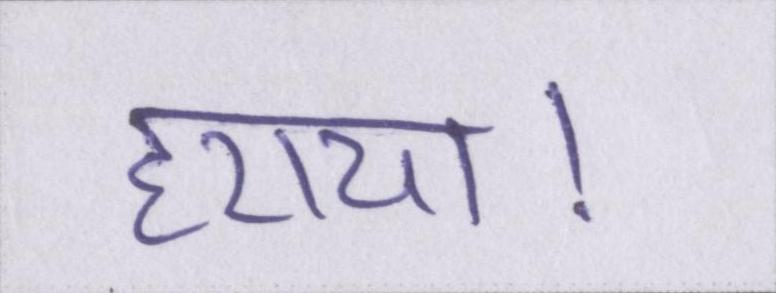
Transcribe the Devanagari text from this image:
हराया।